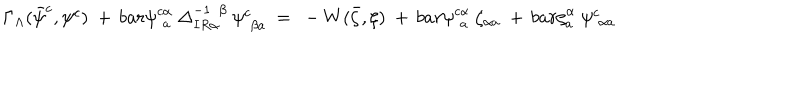
\Gamma _ { \Lambda } ( \bar { \psi } _ { \phantom { j } } ^ { c } , \psi _ { \phantom { j } } ^ { c } ) \ + \, b a r { \psi } _ { \phantom { c } a } ^ { c \alpha } \ \Delta _ { I R \alpha } ^ { - 1 \phantom { \alpha } \beta } \ \psi _ { \phantom { c } \beta a } ^ { c } \ = \ - W ( \bar { \zeta } , \zeta ) \ + \, b a r { \psi } _ { \phantom { c } a } ^ { c \alpha } \ \zeta _ { \alpha a } ^ { \phantom { \rho } } \ + \, b a r { \zeta } _ { a } ^ { \alpha } \ \psi _ { \phantom { c } \alpha a } ^ { c }